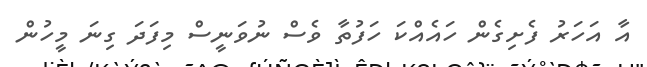
އާ އަހަރު ފެށިގެން ހައެއްކަ ހަފުތާ ވެސް ނުވަނީސް މިފަދަ ގިނަ މީހުން